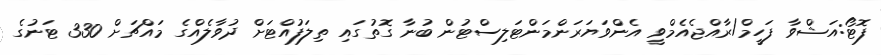
ފޮޓޯ:އަޝްވާ ފަހީމް/ރާއްޖެއެމްވީ އެންވަޔަރަންމަންޓަލިސްޓުން ބުނާ ގޮތުގައި ތިލަފުއްޓަށް ދުވާލެއްގެ މައްޗަށް 330 ޓަނުގެ